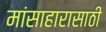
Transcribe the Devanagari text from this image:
मांसाहारासाठी